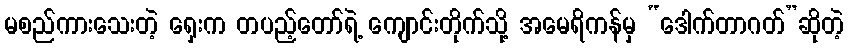
မစည်ကားသေးတဲ့ ရှေးက တပည့်တော်ရဲ့ ကျောင်းတိုက်သို့ အမေရိကန်မှ “ဒေါက်တာဂတ်”ဆိုတဲ့